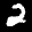
Label: 2